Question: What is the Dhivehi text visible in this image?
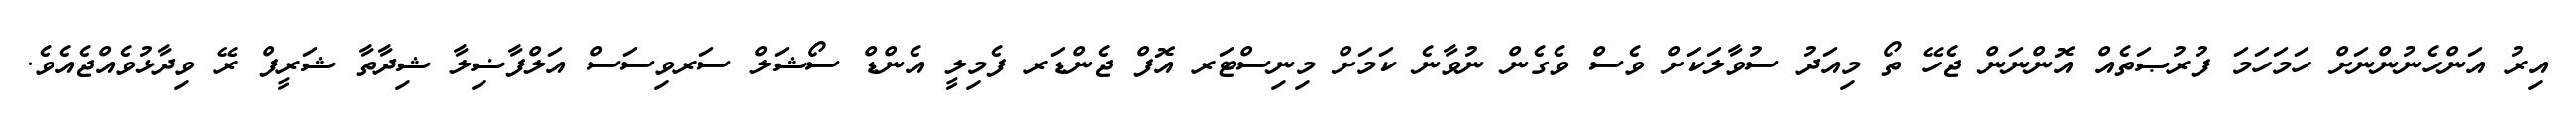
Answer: އިރު އަންހެނުންނަށް ހަމަހަމަ ފުރުޞަތެއް އޮންނަން ޖެހޭ ތޯ މިއަދު ސުވާލަކަށް ވެސް ވެގެން ނުވާނެ ކަމަށް މިނިސްޓަރ އޮފް ޖެންޑަރ ފެމިލީ އެންޑް ސޯޝަލް ސަރވިސަސް އަލްފާޟިލާ ޝިދާތާ ޝަރީފް ރޭ ވިދާޅުވެއްޖެއެވެ.